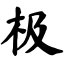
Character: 极